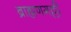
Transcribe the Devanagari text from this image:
ब्राह्मणगल्ली